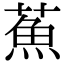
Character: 䔡